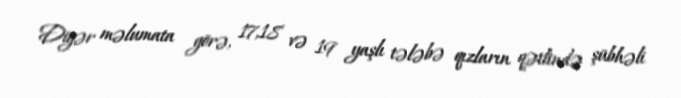
Digər məlumata görə, 17,18 və 19 yaşlı tələbə qızların qətlində şübhəli